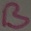
Text: B